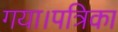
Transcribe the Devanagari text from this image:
गया।पत्रिका